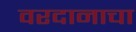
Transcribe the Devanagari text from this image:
वरदानाचा